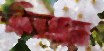
বিনাশ্রমে